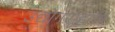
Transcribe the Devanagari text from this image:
उद्योगसूहाचा